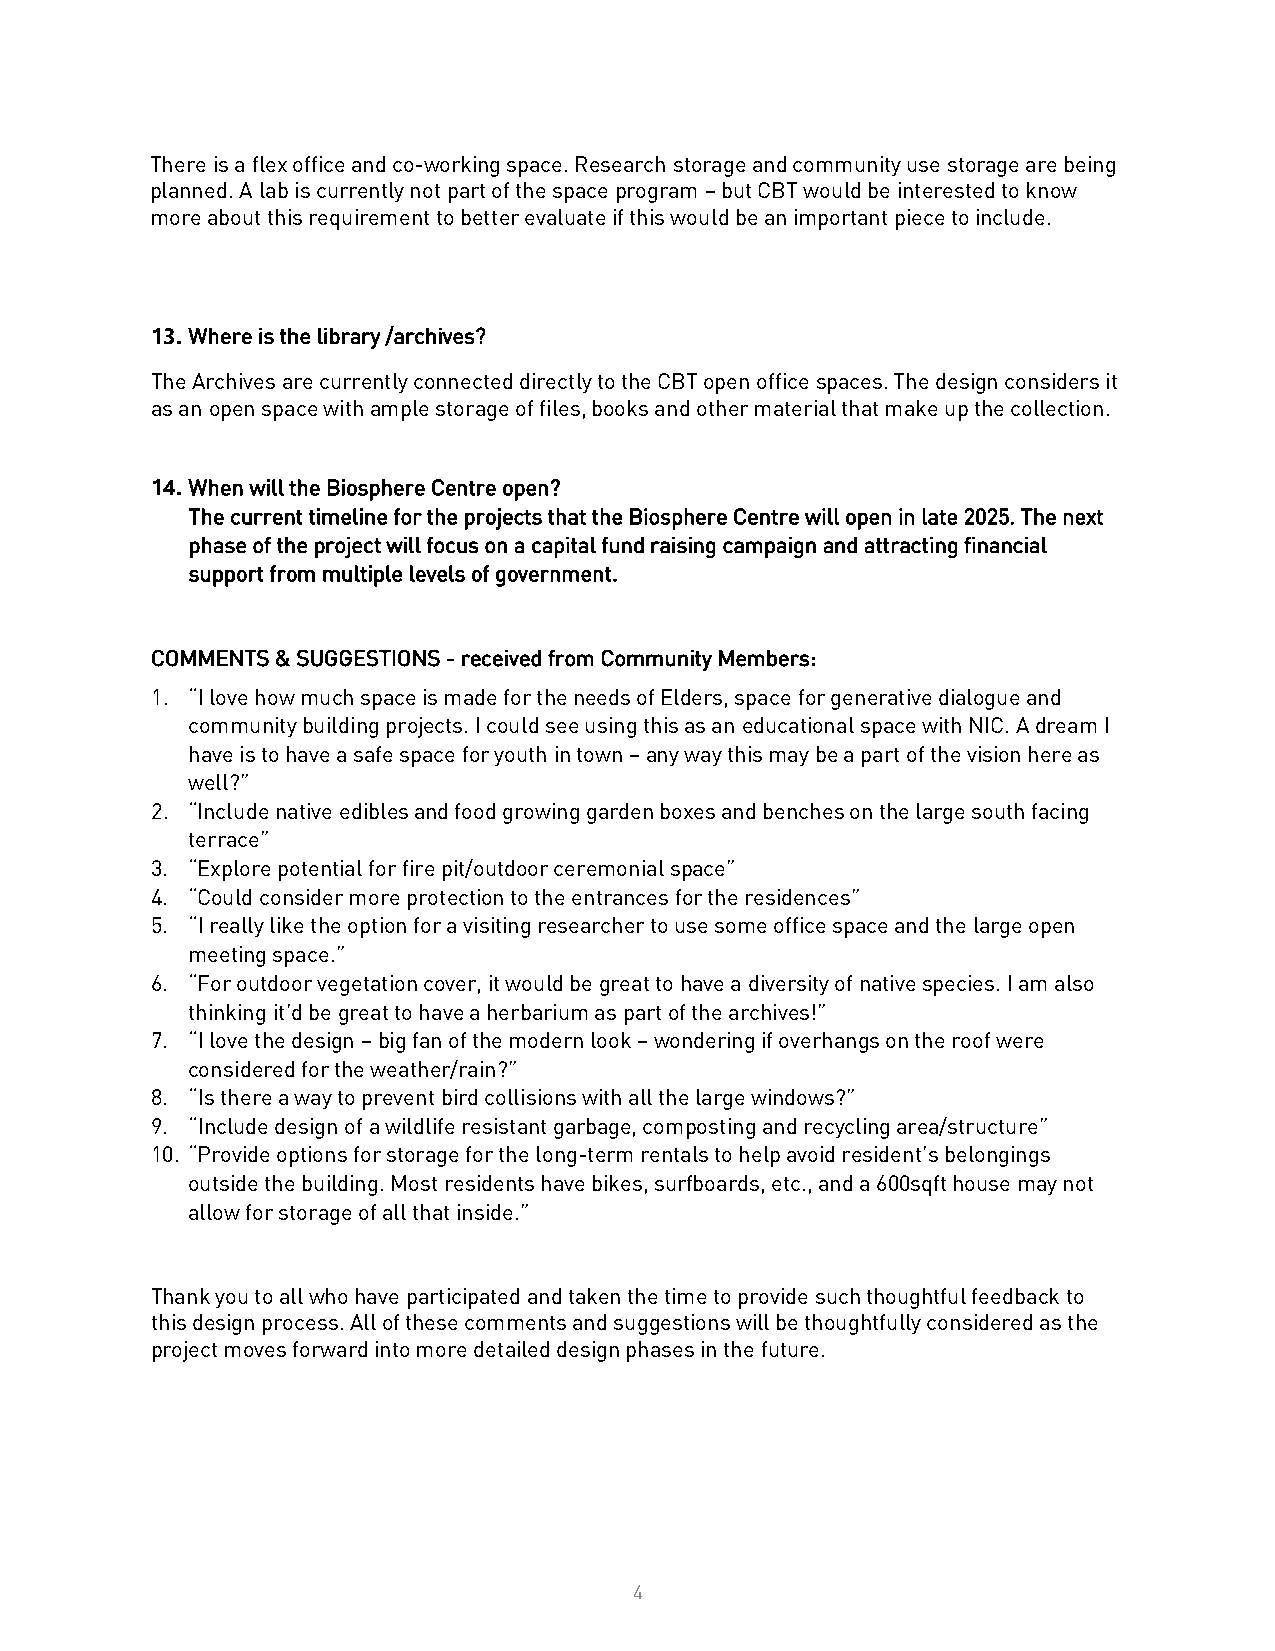
There is a flex office and co-working space. Research storage and community use storage are being
 planned. A lab is currently not part of the space program – but CBT would be interested to know
 more about this requirement to better evaluate if this would be an important piece to include.
 13. Where is the library /archives?
 The Archives are currently connected directly to the CBT open office spaces. The design considers it
 as an open space with ample storage of files, books and other material that make up the collection.
 14. When will the Biosphere Centre open?
 The current timeline for the projects that the Biosphere Centre will open in late 2025. The next
 phase of the project will focus on a capital fund raising campaign and attracting financial
 support from multiple levels of government.
 COMMENTS & SUGGESTIONS - received from Community Members:
 1. “I love how much space is made for the needs of Elders, space for generative dialogue and
 community building projects. I could see using this as an educational space with NIC. A dream I
 have is to have a safe space for youth in town – any way this may be a part of the vision here as
 well?”
 2. “Include native edibles and food growing garden boxes and benches on the large south facing
 terrace”
 3. “Explore potential for fire pit/outdoor ceremonial space”
 4. “Could consider more protection to the entrances for the residences”
 5. “I really like the option for a visiting researcher to use some office space and the large open
 meeting space.”
 6. “For outdoor vegetation cover, it would be great to have a diversity of native species. I am also
 thinking it’d be great to have a herbarium as part of the archives!”
 7. “I love the design – big fan of the modern look – wondering if overhangs on the roof were
 considered for the weather/rain?”
 8. “Is there a way to prevent bird collisions with all the large windows?”
 9. “Include design of a wildlife resistant garbage, composting and recycling area/structure”
 10. “Provide options for storage for the long-term rentals to help avoid resident’s belongings
 outside the building. Most residents have bikes, surfboards, etc., and a 600sqft house may not
 allow for storage of all that inside.”
 Thank you to all who have participated and taken the time to provide such thoughtful feedback to
 this design process. All of these comments and suggestions will be thoughtfully considered as the
 project moves forward into more detailed design phases in the future.
 4